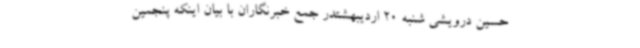
حسین درویشی شنبه 20 اردیبهشتدر جمع خبرنگاران با بیان اینکه پنجمین